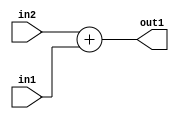
`timescale 1ps / 1ps
/*****************************************************************************
    Verilog RTL Description
    
    
    Created by: Stratus DpOpt 2019.1.01 
*******************************************************************************/

module st_weight_addr_gen_Add_17Sx9U_17S_4_1 (
	in2,
	in1,
	out1
	); /* architecture "behavioural" */ 
input [16:0] in2;
input [8:0] in1;
output [16:0] out1;
wire [16:0] asc001;

assign asc001 = 
	+(in2)
	+(in1);

assign out1 = asc001;
endmodule

/* CADENCE  ubL2SQ0= : u9/ySgnWtBlWxVPRXgAZ4Og= ** DO NOT EDIT THIS LINE ******/